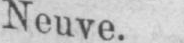
Neuve.